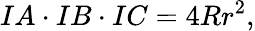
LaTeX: IA\cdot IB\cdot IC=4Rr^{2},